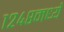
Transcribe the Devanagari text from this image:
१२४८मध्ये